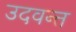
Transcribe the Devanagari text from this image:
उदवन्त